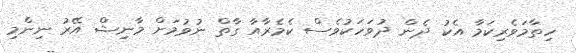
ހިތާމަވެރިކަމާ އެކު ދެން ދުވަހަކުވެސް ކެމެރާއާ ގާތް ނުވުމަށް މާނިޝް އޭރު ނިންމި